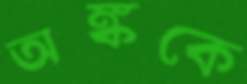
অঙ্ককে